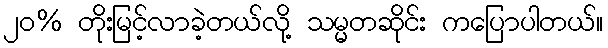
၂၀% တိုးမြင့်လာခဲ့တယ်လို့ သမ္မတဆိုင်း ကပြောပါတယ်။